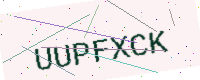
Text: UUPFXCK